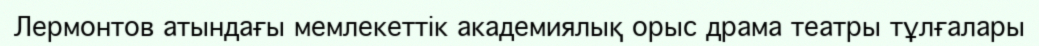
Лермонтов атындағы мемлекеттік академиялық орыс драма театры тұлғалары